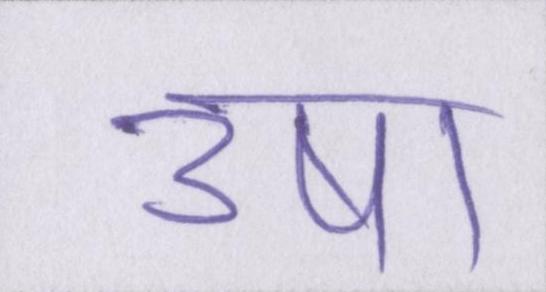
उषा